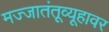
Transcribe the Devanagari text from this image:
मज्जातंतूव्यूहावर